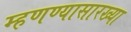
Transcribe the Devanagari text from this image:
म्हणण्यासारख्या